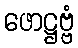
ဖောဋ္ဌဗ္ဗံ